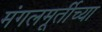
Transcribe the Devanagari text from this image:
मंगलमूर्तीच्या